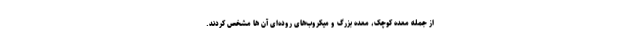
از جمله معده کوچک، معده بزرگ و میکروب‌های روده‌ای آن ها مشخص کردند.